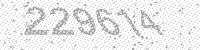
Solution: 229614